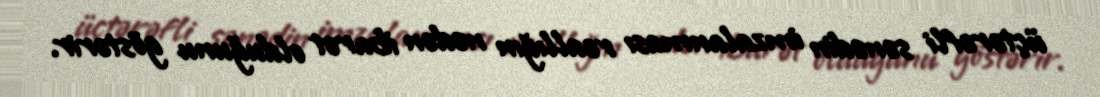
üçtərəfli sənədin imzalanması reallığın nədən ibarət olduğunu göstərir.